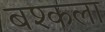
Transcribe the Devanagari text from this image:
बश्कला